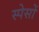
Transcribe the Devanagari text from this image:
स्पेसों